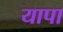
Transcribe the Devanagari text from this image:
यापा